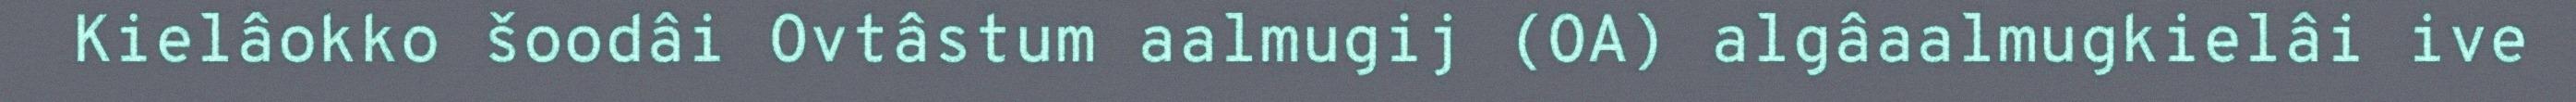
Kielâokko šoodâi Ovtâstum aalmugij (OA) algâaalmugkielâi ive